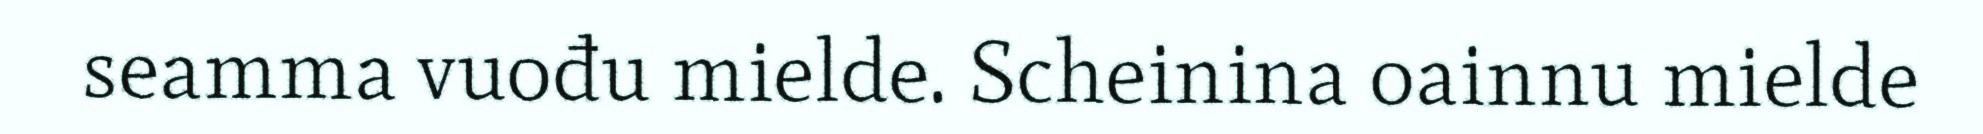
seamma vuođu mielde. Scheinina oainnu mielde